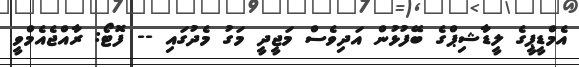
އެމްޑީޕީގެ ލީޑާޝިޕްގެ ބޭފުޅުން އަދިވެސް މަޖީދީ މަގު މެދުގައި -- ފޮޓޯ: ރާއްޖެއެމްވީ